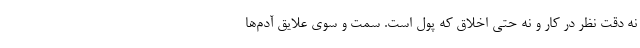
نه دقت‌ نظر در کار و نه حتی اخلاق که پول است. سمت و سوی علایق آدم‌ها